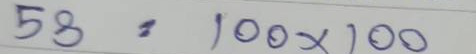
53 = 100 x 100